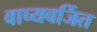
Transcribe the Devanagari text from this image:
वाच्यवर्जित